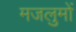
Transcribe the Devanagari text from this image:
मजलुमों